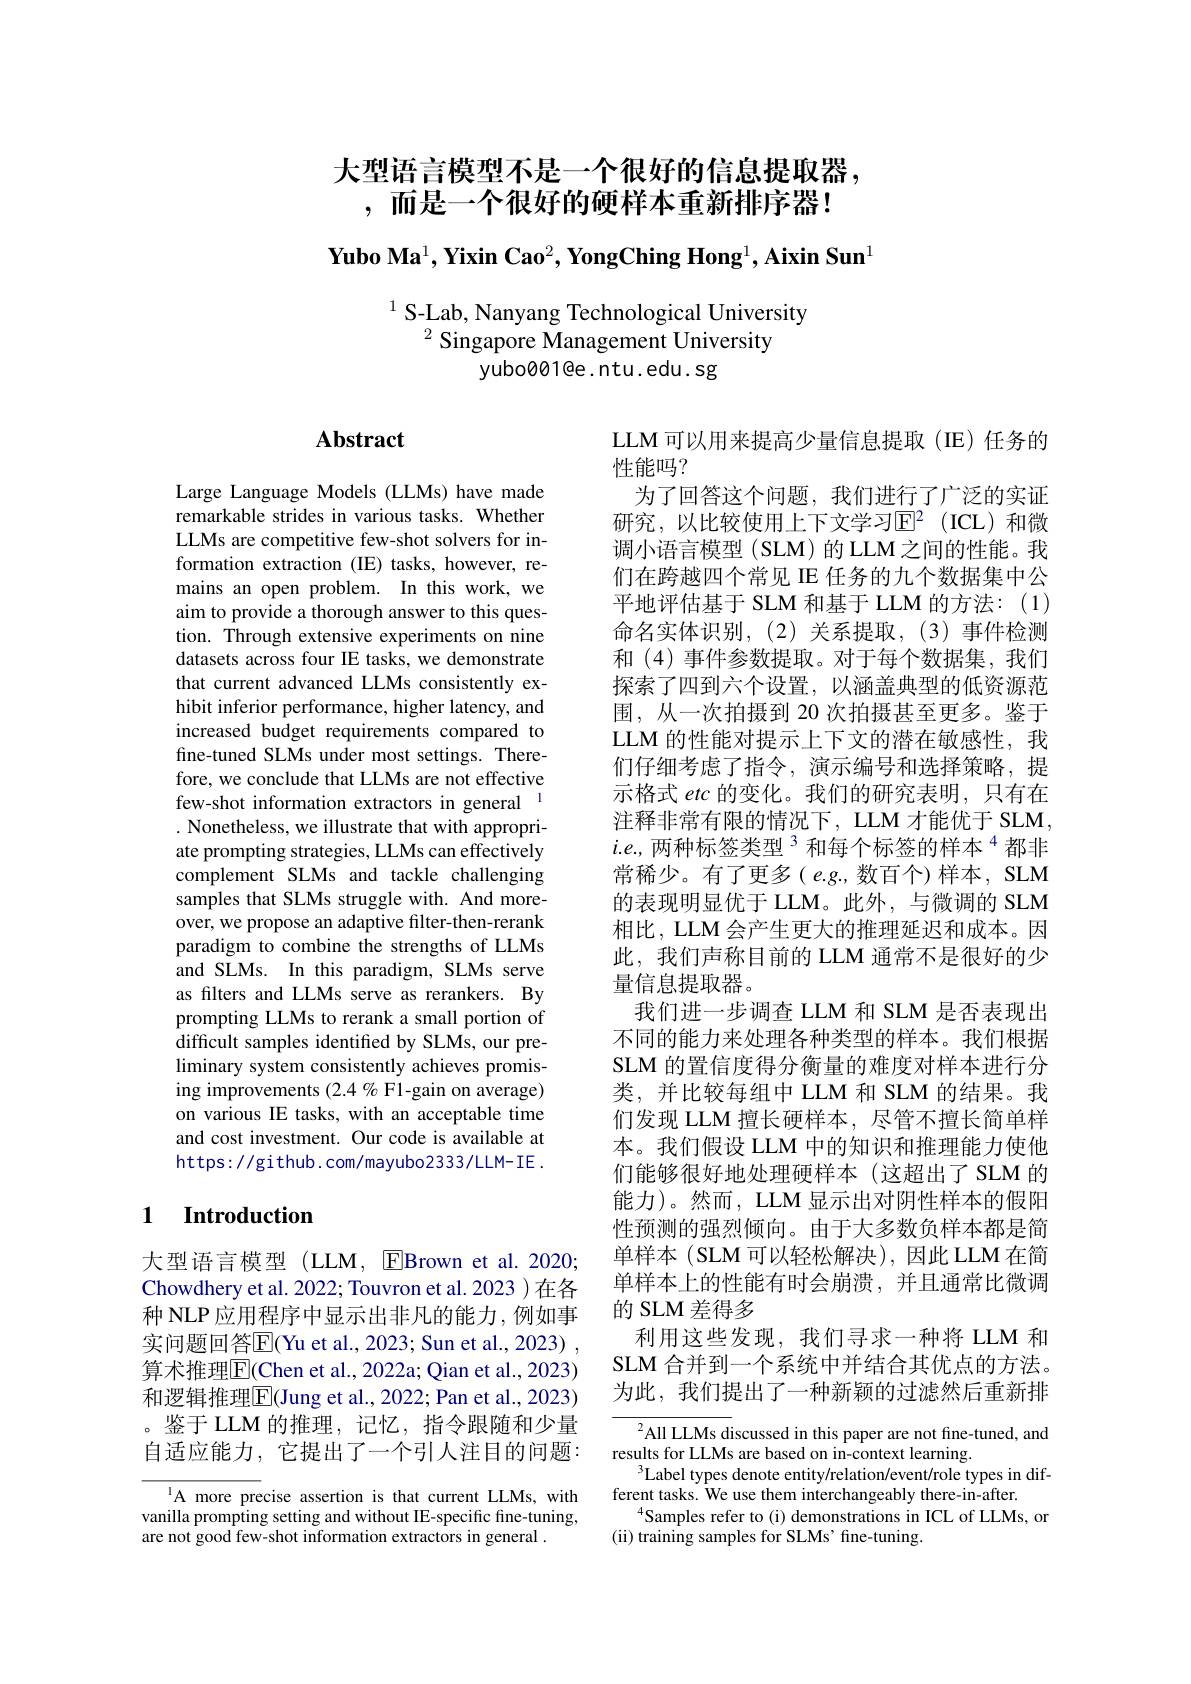
大型语言模型不是一个很好的信息提取器，
,而是一个很好的硬样本重新排序器！

$\textbf{Yubo Ma}^1,\textbf{Yixin Cao}^2,\textbf{YongChing Hong}^1,\textbf{Aixin Sun}^1$

$^{1}$ S-Lab, Nanyang Technological University

$^{2}$ Singapore Management University

yubo001@e. ntu. edu. sg

## $\mathbf{Abstract}$

Large Language Models (LLMs) have made remarkable strides in various tasks. Whether LLMs are competitive few-shot solvers for information extraction (IE) tasks, however, remains an open problem. In this work, we aim to provide a thorough answer to this question. Through extensive experiments on nine datasets across four IE tasks, we demonstrate that current advanced LLMs consistently exhibit inferior performance, higher latency, and increased budget requirements compared to fine-tuned SLMs under most settings. Therefore, we conclude that LLMs are not effective few-shot information extractors in general . Nonetheless, we illustrate that with appropriate prompting strategies, LLMs can effectively complement SLMs and tackle challenging samples that SLMs struggle with. And moreover, we propose an adaptive filter-then-rerank paradigm to combine the strengths of LLMs and SLMs. In this paradigm, SLMs serve as filters and LLMs serve as rerankers. By prompting LLMs to rerank a small portion of difficult samples identified by SLMs, our preliminary system consistently achieves promising improvements (2.4 % F1-gain on average) on various IE tasks, with an acceptable time and cost investment. Our code is available at https://github.com/mayubo2333/LLM-IE.

## 1 $\textbf{Introduction}$

大型语言模型(LLM, EBrown et al.2020; Chowdhery et al. 2022; Touvron et al. 2023 )在各种 NLP 应用程序中显示出非凡的能力，例如事实问题回答$\overline{\mathrm{E}}($Yu et al., 2023; Sun et al., 2023) 算术推理$\overline{\mathrm{E}}($Chen et al., 2022a; Qian et al., 2023) 和逻辑推理$\boxed{\mathrm{F}}($Jung et al., 2022; Pan et al., 2023) 。鉴于 LLM 的推理，记忆，指令跟随和少量自适应能力，它提出了一个引人注目的问题：

A more precise assertion is that current LLMs, with vanilla prompting setting and without IE-specific fine-tuning, are not good few-shot information extractors in general .

LLM 可以用来提高少量信息提取(IE)任务的
性能吗？
为了回答这个问题，我们进行了广泛的实证研究，以比较使用上下文学习$\mathbb{E}^2$(ICL)和微调小语言模型 (SLM) 的 LLM之间的性能。我们在跨越四个常见 IE 任务的九个数据集中公平地评估基于 SLM 和基于 LLM 的方法：(1) 命名实体识别，(2)关系提取，(3)事件检测和 (4)事件参数提取。对于每个数据集，我们探索了四到六个设置，以涵盖典型的低资源范围，从一次拍摄到 20 次拍摄甚至更多。鉴于LLM 的性能对提示上下文的潜在敏感性，我们仔细考虑了指令，演示编号和选择策略，提示格式 etc 的变化。我们的研究表明，只有在注释非常有限的情况下，LLM 才能优于 SLM, $i.e$,两种标签类型$^{3}$和每个标签的样本$^{4}$都非常稀少。有了更多( e.g.,数百个)样本，SLM 的表现明显优于 LLM。此外，与微调的 SLM 相比，LLM 会产生更大的推理延迟和成本。因此，我们声称目前的 LLM 通常不是很好的少量信息提取器。
我们进一步调查 LLM 和 SLM 是否表现出不同的能力来处理各种类型的样本。我们根据SLM 的置信度得分衡量的难度对样本进行分类，并比较每组中 LLM 和 SLM 的结果。我们发现 LLM 擅长硬样本，尽管不擅长简单样本。我们假设 LLM 中的知识和推理能力使他们能够很好地处理硬样本(这超出了SLM 的能力)。然而，LLM 显示出对阴性样本的假阳性预测的强烈倾向。由于大多数负样本都是简单样本(SLM可以轻松解决),因此LLM在简单样本上的性能有时会崩溃，并且通常比微调的 SLM 差得多
利用这些发现，我们寻求一种将 LLM 和SLM 合并到一个系统中并结合其优点的方法。为此，我们提出了一种新颖的过滤然后重新排

${^{2}\mathrm{All~LLMs~discussed~in~this~paper~are~not~fine-tuned,~and}}$
results for LLMs are based on in-context learning.
$^3$Label types denote entity/relation/event/role types in dif-
ferent tasks. We use them interchangeably there-in-after.
$^{4}$Samples refer to (i) demonstrations in ICL of LLMs, or
(ii) training samples for SLMs' fine-tuning.